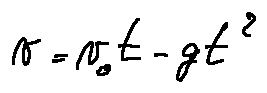
v = v _ { 0 } t - g t ^ { 2 }